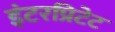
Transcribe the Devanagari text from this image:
इंटरप्रिटेट